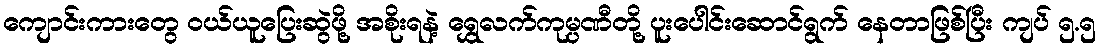
ကျောင်းကားတွေ ဝယ်ယူပြေးဆွဲဖို့ အစိုးရနဲ့ ရွှေလက်ကုမ္ပဏီတို့ ပူးပေါင်းဆောင်ရွက် နေတာဖြစ်ပြီး ကျပ် ၅.၅